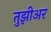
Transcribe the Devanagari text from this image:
तुझीअर